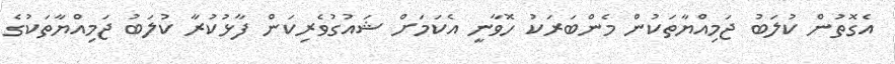
އެގޮތުން ކުލަބު ޖަމިއްޔާތަކުން މެންބަރަކު ހޮވާނީ އެކަމަށް ޝައުގުވެރިކަން ފާޅުކުރާ ކުލަބު ޖަމިއްޔާތަކުގެ